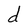
Character: d